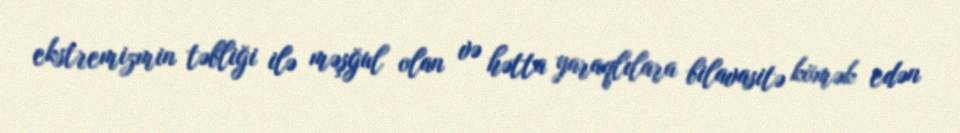
ekstremizmin təbliği ilə məşğul olan və hətta yaraqlılara bilavasitə kömək edən